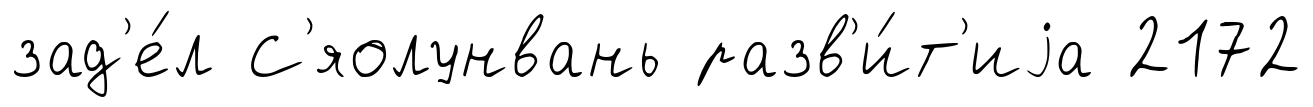
зад'е́л С'яолунвань разв'и́т'иjа 2172